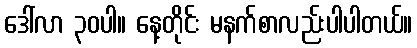
ဒေါ်လာ ၃၀ပါ။ နေ့တိုင်း မနက်စာလည်းပါပါတယ်။